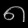
Digit: ၈